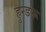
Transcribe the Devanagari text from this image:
हुन्डरू